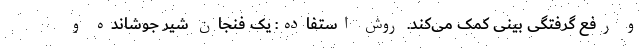
و رفع گرفتگی بینی کمک می‌کند. روش استفاده: یک فنجان شیر جوشانده و